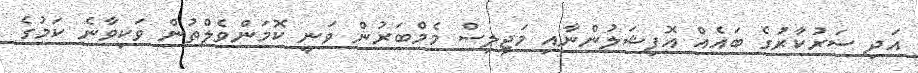
އަދި ސަރުކާރުގެ ބައެއް އޮފިޝަލުންނާއި މަޖިލިސް މެމްބަރުން ވަނީ ކޮމަންވެލްތުން ވަކިވާނެ ކަމުގެ